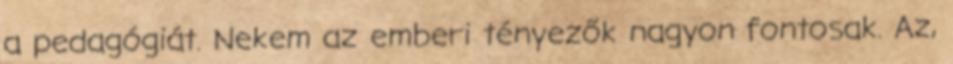
a pedagógiát. Nekem az emberi tényezők nagyon fontosak. Az,